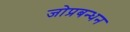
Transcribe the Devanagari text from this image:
जोप्रबन्धन